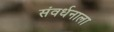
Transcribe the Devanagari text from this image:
संवर्धनाला